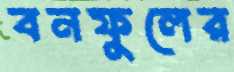
বনফুলের